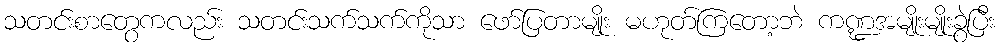
သတင်းစာတွေကလည်း သတင်းသက်သက်ကိုသာ ဖော်ပြတာမျိုး မဟုတ်ကြတော့ဘဲ ကဏ္ဍအမျိုးမျိုးခွဲပြီး